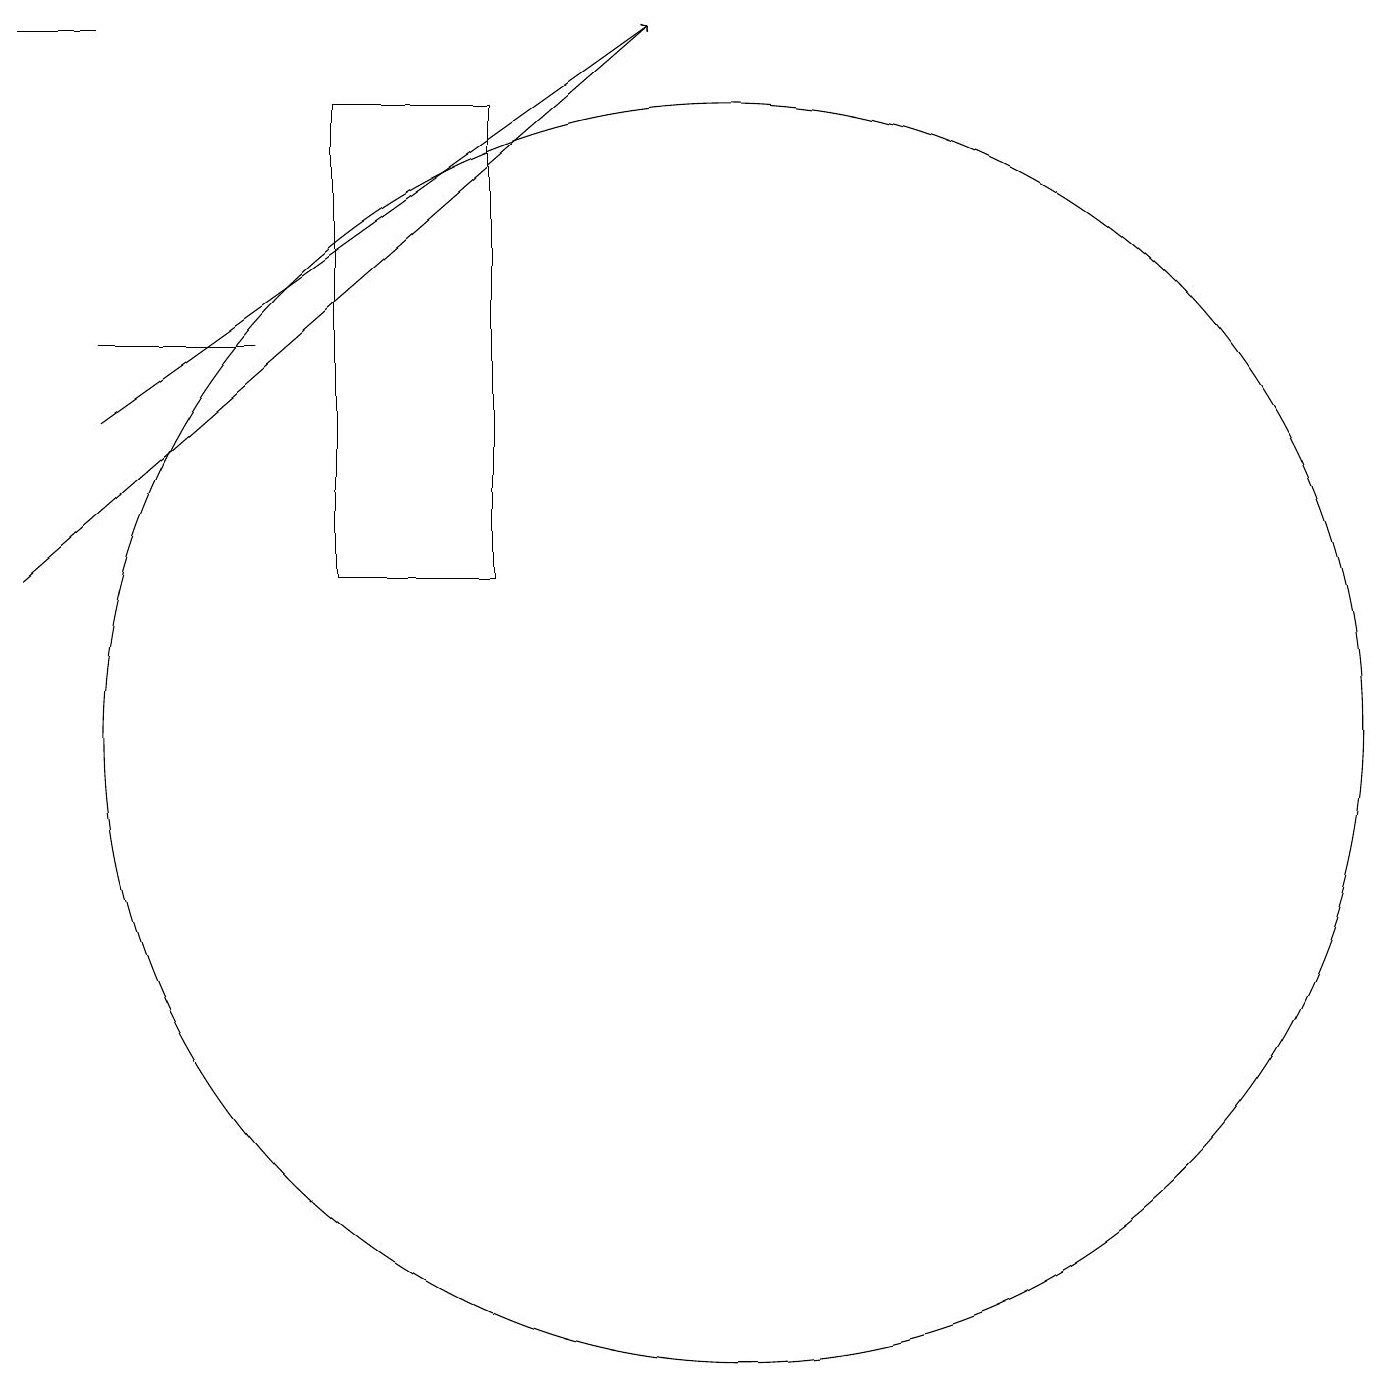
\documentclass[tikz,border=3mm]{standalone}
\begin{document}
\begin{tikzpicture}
\draw (1,19) rectangle (2,19);
\draw[->] (2,14) -- (9,19);
\draw (10,10) circle (8);
\draw (5,18) rectangle (7,12);
\draw (4,15) rectangle (2,15);
\draw[->] (1,12) -- (9,19);
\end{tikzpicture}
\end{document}